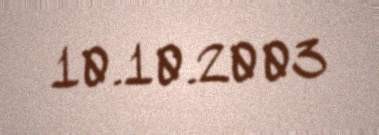
10.10.2003